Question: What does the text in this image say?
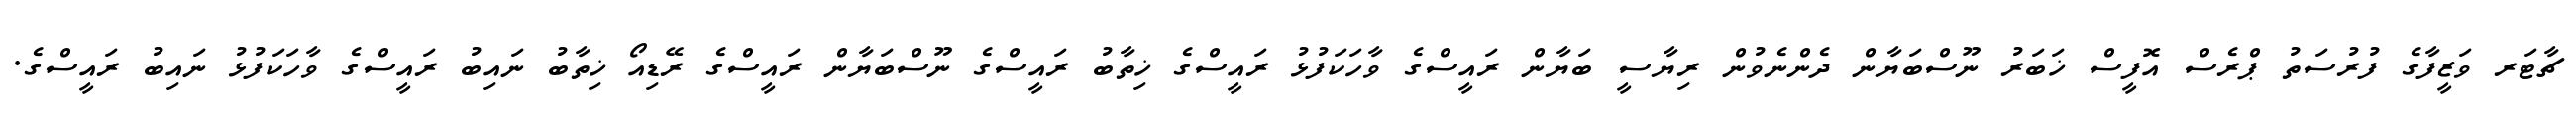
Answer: ޗާޓަރ ވަޒީފާގެ ފުރުސަތު ޕްރެސް އޮފީސް ޚަބަރު ނޫސްބަޔާން ދެންނެވުން ރިޔާސީ ބަޔާން ރައީސްގެ ވާހަކަފުޅު ރައީސްގެ ޚިތާބު ރައީސްގެ ނޫސްބަޔާން ރައީސްގެ ރޭޑިއޯ ޚިތާބު ނައިބު ރައީސްގެ ވާހަކަފުޅު ނައިބު ރައީސްގެ.